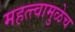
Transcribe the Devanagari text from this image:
महत्त्वामुळेच